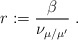
\begin{align*}r:=\frac{\beta}{\nu_{\mu/\mu'}}\;.\end{align*}